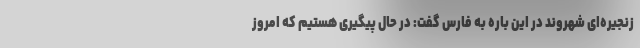
زنجیره‌ای شهروند در این باره به فارس گفت: در حال پیگیری هستیم که امروز